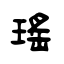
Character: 瑶